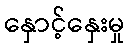
နှောင့်နှေးမှု